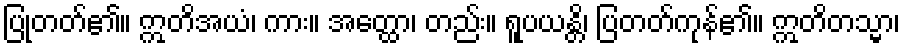
ပြုတတ်၏။ ဣတိအယံ၊ ကား။ အတ္ထော၊ တည်း။ ရူပယန္တိ၊ ပြတတ်ကုန်၏။ ဣတိတသ္မာ၊